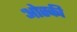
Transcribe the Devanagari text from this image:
ओस्की